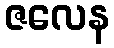
ဇလေန